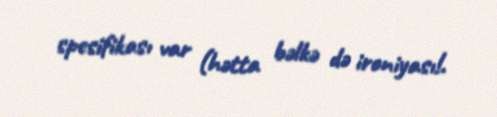
spesifikası var (hətta bəlkə də ironiyası!.